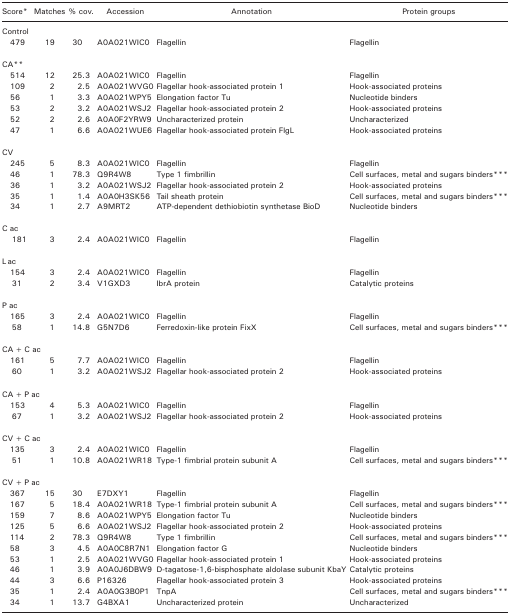
<table><thead><tr><td colspan="2"><b>Score*</b></td><td><b>Matches</b></td><td><b>% cov.</b></td><td><b>Accession</b></td><td><b>Annotation</b></td><td><b>Protein groups</b></td></tr></thead><tbody><tr><td colspan="7">Control</td></tr><tr><td colspan="2">479</td><td>19</td><td>30</td><td>A0A021WIC0</td><td>Flagellin</td><td>Flagellin</td></tr><tr><td colspan="7">CA**</td></tr><tr><td colspan="2">514</td><td>12</td><td>25.3</td><td>A0A021WIC0</td><td>Flagellin</td><td>Flagellin</td></tr><tr><td colspan="2">109</td><td>2</td><td>2.5</td><td>A0A021WVG0</td><td>Flagellar hook‐associated protein 1</td><td>Hook‐associated proteins</td></tr><tr><td colspan="2">56</td><td>1</td><td>3.3</td><td>A0A021WPY5</td><td>Elongation factor Tu</td><td>Nucleotide binders</td></tr><tr><td colspan="2">53</td><td>2</td><td>3.2</td><td>A0A021WSJ2</td><td>Flagellar hook‐associated protein 2</td><td>Hook‐associated proteins</td></tr><tr><td colspan="2">52</td><td>2</td><td>2.6</td><td>A0A0F2YRW9</td><td>Uncharacterized protein</td><td>Uncharacterized</td></tr><tr><td colspan="2">47</td><td>1</td><td>6.6</td><td>A0A021WUE6</td><td>Flagellar hook‐associated protein FlgL</td><td>Hook‐associated proteins</td></tr><tr><td colspan="7">CV</td></tr><tr><td colspan="2">245</td><td>5</td><td>8.3</td><td>A0A021WIC0</td><td>Flagellin</td><td>Flagellin</td></tr><tr><td colspan="2">46</td><td>1</td><td>78.3</td><td>Q9R4W8</td><td>Type 1 fimbrillin</td><td>Cell surfaces, metal and sugars binders***</td></tr><tr><td colspan="2">36</td><td>1</td><td>3.2</td><td>A0A021WSJ2</td><td>Flagellar hook‐associated protein 2</td><td>Hook‐associated proteins</td></tr><tr><td colspan="2">35</td><td>1</td><td>1.4</td><td>A0A0H3SK56</td><td>Tail sheath protein</td><td>Cell surfaces, metal and sugars binders***</td></tr><tr><td colspan="2">34</td><td>1</td><td>2.7</td><td>A9MRT2</td><td>ATP‐dependent dethiobiotin synthetase BioD</td><td>Nucleotide binders</td></tr><tr><td colspan="7">C ac</td></tr><tr><td></td><td>181</td><td>3</td><td>2.4</td><td>A0A021WIC0</td><td>Flagellin</td><td>Flagellin</td></tr><tr><td colspan="7">L ac</td></tr><tr><td colspan="2">154</td><td>3</td><td>2.4</td><td>A0A021WIC0</td><td>Flagellin</td><td>Flagellin</td></tr><tr><td></td><td>31</td><td>2</td><td>3.4</td><td>V1GXD3</td><td>IbrA protein</td><td>Catalytic proteins</td></tr><tr><td colspan="7">P ac</td></tr><tr><td colspan="2">165</td><td>3</td><td>2.4</td><td>A0A021WIC0</td><td>Flagellin</td><td>Flagellin</td></tr><tr><td></td><td>58</td><td>1</td><td>14.8</td><td>G5N7D6</td><td>Ferredoxin‐like protein FixX</td><td>Cell surfaces, metal and sugars binders***</td></tr><tr><td colspan="7">CA + C ac</td></tr><tr><td colspan="2">161</td><td>5</td><td>7.7</td><td>A0A021WIC0</td><td>Flagellin</td><td>Flagellin</td></tr><tr><td></td><td>60</td><td>1</td><td>3.2</td><td>A0A021WSJ2</td><td>Flagellar hook‐associated protein 2</td><td>Hook‐associated proteins</td></tr><tr><td colspan="7">CA + P ac</td></tr><tr><td colspan="2">153</td><td>4</td><td>5.3</td><td>A0A021WIC0</td><td>Flagellin</td><td>Flagellin</td></tr><tr><td></td><td>67</td><td>1</td><td>3.2</td><td>A0A021WSJ2</td><td>Flagellar hook‐associated protein 2</td><td>Hook‐associated proteins</td></tr><tr><td colspan="7">CV + C ac</td></tr><tr><td colspan="2">135</td><td>3</td><td>2.4</td><td>A0A021WIC0</td><td>Flagellin</td><td>Flagellin</td></tr><tr><td></td><td>51</td><td>1</td><td>10.8</td><td>A0A021WR18</td><td>Type‐1 fimbrial protein subunit A</td><td>Cell surfaces, metal and sugars binders***</td></tr><tr><td colspan="7">CV + P ac</td></tr><tr><td colspan="2">367</td><td>15</td><td>30</td><td>E7DXY1</td><td>Flagellin</td><td>Flagellin</td></tr><tr><td colspan="2">167</td><td>5</td><td>18.4</td><td>A0A021WR18</td><td>Type‐1 fimbrial protein subunit A</td><td>Cell surfaces, metal and sugars binders***</td></tr><tr><td colspan="2">159</td><td>7</td><td>8.6</td><td>A0A021WPY5</td><td>Elongation factor Tu</td><td>Nucleotide binders</td></tr><tr><td colspan="2">125</td><td>5</td><td>6.6</td><td>A0A021WSJ2</td><td>Flagellar hook‐associated protein 2</td><td>Hook‐associated proteins</td></tr><tr><td colspan="2">114</td><td>2</td><td>78.3</td><td>Q9R4W8</td><td>Type 1 fimbrillin</td><td>Cell surfaces, metal and sugars binders***</td></tr><tr><td colspan="2">58</td><td>3</td><td>4.5</td><td>A0A0C8R7N1</td><td>Elongation factor G</td><td>Nucleotide binders</td></tr><tr><td colspan="2">53</td><td>1</td><td>2.5</td><td>A0A021WVG0</td><td>Flagellar hook‐associated protein 1</td><td>Hook‐associated proteins</td></tr><tr><td colspan="2">46</td><td>1</td><td>3.9</td><td>A0A0J6DBW9</td><td>D‐tagatose‐1,6‐bisphosphate aldolase subunit KbaY</td><td>Catalytic proteins</td></tr><tr><td colspan="2">44</td><td>3</td><td>6.6</td><td>P16326</td><td>Flagellar hook‐associated protein 3</td><td>Hook‐associated proteins</td></tr><tr><td colspan="2">35</td><td>1</td><td>2.4</td><td>A0A0G3B0P1</td><td>TnpA</td><td>Cell surfaces, metal and sugars binders***</td></tr><tr><td colspan="2">34</td><td>1</td><td>13.7</td><td>G4BXA1</td><td>Uncharacterized protein</td><td>Uncharacterized</td></tr></tbody></table>